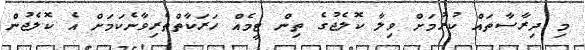
މި ދިރާސާތައް ކުރުމަށް ވިލާ ކޮލެޖުގެ ތިން ޓީމެއް ހަރަކާތްތެރިވާނެކަމަށް އެ ކޮލެޖުން